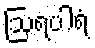
ဩရပါရံ